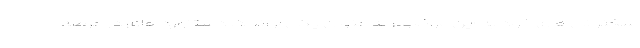
سخنرانی‌های خود به این موضوع به عنوان یکی از اندک دستاوردهای در عرصه